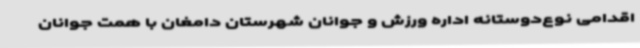
اقدامی نوع‌دوستانه اداره ورزش و جوانان شهرستان دامغان با همت جوانان